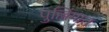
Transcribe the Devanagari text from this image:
पुल्लिंगात